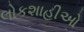
લોકશાહીઓ